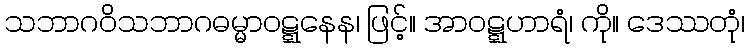
သဘာဂဝိသဘာဂဓမ္မာဝဋ္ဋနေန၊ ဖြင့်။ အာဝဋ္ဋဟာရံ၊ ကို။ ဒေဿတုံ၊